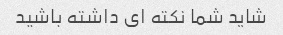
شاید شما نکته ای داشته باشید